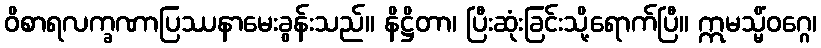
ဝိစာရလက္ခဏာပြဿနာမေးခွန်းသည်။ နိဋ္ဌိတာ၊ ပြီးဆုံးခြင်းသို့ရောက်ပြီ။ ဣမသ္မိံဝဂ္ဂေ၊